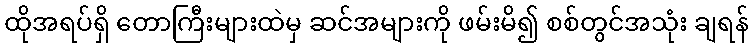
ထိုအရပ်ရှိ တောကြီးများထဲမှ ဆင်အများကို ဖမ်းမိ၍ စစ်တွင်အသုံး ချရန်